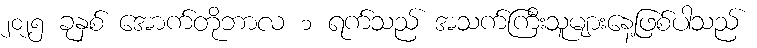
၂၀၂၅ ခုနှစ် အောက်တိုဘာလ ၁ ရက်သည် အသက်ကြီးသူများနေ့ဖြစ်ပါသည်